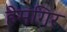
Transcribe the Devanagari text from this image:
हेमगिर